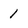
Character: 1